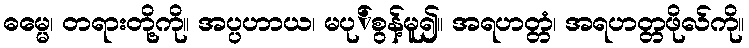
ဓမ္မေ၊ တရားတို့ကို။ အပ္ပဟာယ၊ မပု်စွန့်မူ၍။ အရဟတ္တံ၊ အရဟတ္တဖိုလ်ကို။